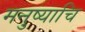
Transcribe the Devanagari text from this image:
मनुष्याचि